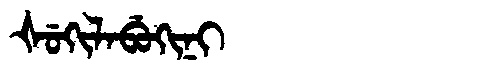
Manchu: ᡧᡠᡴᡳᠯᠠᠪᡠᡴᡳᠨᡳ
Romanization: ŠUKILABUKINI